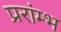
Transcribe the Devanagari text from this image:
प्ररांम्भ